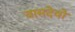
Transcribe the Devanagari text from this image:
वासदेवो